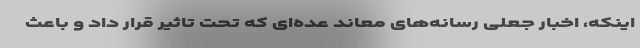
اینکه، اخبار جعلی رسانه‌های معاند عده‌ای که تحت تاثیر قرار داد و باعث